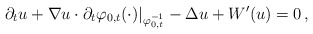
\begin{align*}\partial_{t}u+\nabla u\cdot\partial_{t}\varphi_{0,t}(\cdot)|_{\varphi_{0,t}^{-1}}-\Delta u+W'(u)=0\,,\end{align*}